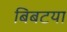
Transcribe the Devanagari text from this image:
बिबटया